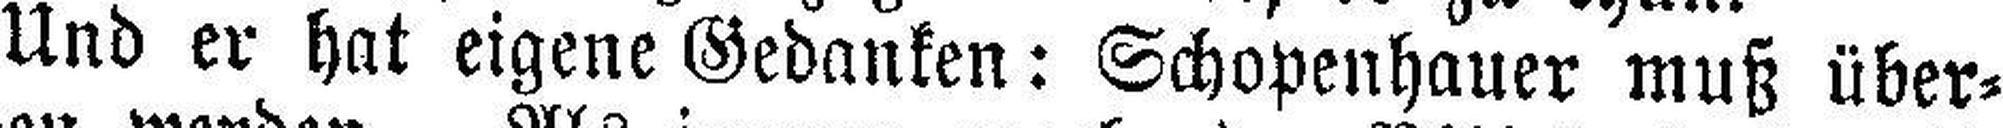
Und er hat eigene Gedanken: Schopenhauer muß über¬